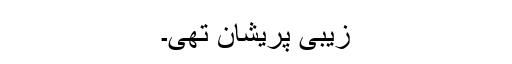
زیبی پریشان تھی۔